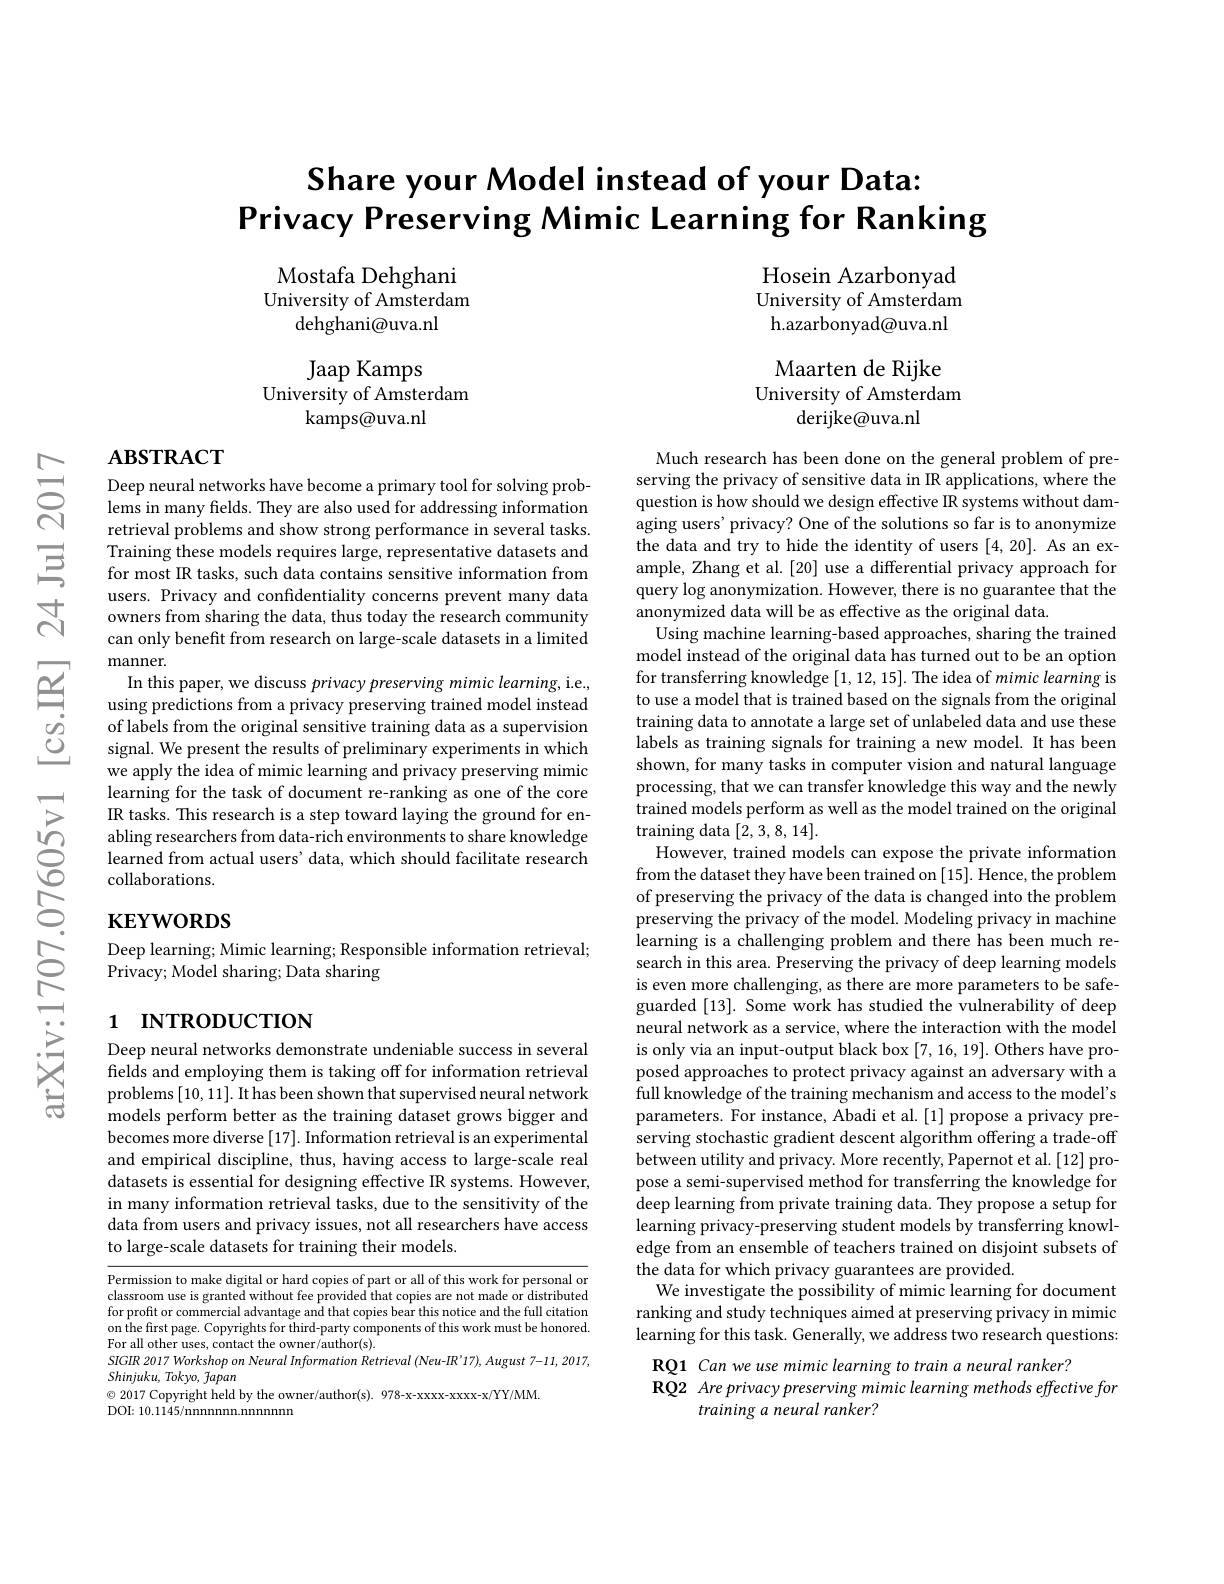
$ਨਨੇ$

Share your Model instead of your Data:
Privacy Preserving Mimic Learning for Ranking

Hosein Azarbonyad University of Amsterdam h.azarbonyad@uva.nl

Mostafa Dehghani
University of Amsterdam
dehghani@uva.nl

Maarten de Rijke
University of Amsterdam
derijke@uva.nl

Jaap Kamps
University of Amsterdam
kamps@uva.nl

## $\mathbf{ABSTRACT}$

Deep neural networks have become a primary tool for solving problems in many fields. They are also used for addressing information retrieval problems and show strong performance in several tasks.
$\Xi$ Training these models requires large, representative datasets and for most R tasks, such data contains sensitive information from
users. Privacy and confdentiality concerns prevent many data owners from sharing the data, thus today the research community can only benefit from research on large-scale datasets in a limited manner.
In this paper, we discuss privacy preserving mimic learning, i.e., using predictions from a privacy preserving trained model instead of labels from the original sensitive training data as a supervision signal. We present the results of preliminary experiments in which we apply the idea of mimic learning and privacy preserving mimic learning for the task of document re-ranking as one of the core IR tasks. This research is a step toward laying the ground for enabling researchers from data-rich environments to share knowledge learned from actual users' data, which should facilitate research collaborations.

Much research has been done on the general problem of preserving the privacy of sensitive data in IR applications, where the question is how should we design effective IR systems without damaging users' privacy? One of the solutions so far is to anonymize the data and try to hide the identity of users [4,20]. As an example, Zhang et al. [20] use a differential privacy approach for query log anonymization. However, there is no guarantee that the anonymized data will be as effective as the original data.
Using machine learning-based approaches, sharing the trained model instead of the original data has turned out to be an option for transferring knowledge [1,12,15]. The idea of mimic learning is to use a model that is trained based on the signals from the original training data to annotate a large set of unlabeled data and use these labels as training signals for training a new model. It has been shown, for many tasks in computer vision and natural language processing, that we can transfer knowledge this way and the newly trained models perform as well as the model trained on the original training data [2,3,8,14].
However, trained models can expose the private information from the dataset they have been trained on [15]. Hence, the problem of preserving the privacy of the data is changed into the problem preserving the privacy of the model. Modeling privacy in machine learning is a challenging problem and there has been much research in this area. Preserving the privacy of deep learning models is even more challenging, as there are more parameters to be safeguarded [13]. Some work has studied the vulnerability of deep neural network as a service, where the interaction with the model is only via an input-output black box [7,16,19]. Others have proposed approaches to protect privacy against an adversary with a full knowledge of the training mechanism and access to the model's parameters. For instance, Abadi et al.[1] propose a privacy preserving stochastic gradient descent algorithm offering a trade-off between utility and privacy. More recently, Papernot et al. [12] propose a semi-supervised method for transferring the knowledge for deep learning from private training data. They propose a setup for $\dot{\text{learning privacy-preserving student models by transferring knowl-}}$ edge from an ensemble of teachers trained on disjoint subsets of the data for which privacy guarantees are provided.
We investigate the possibility of mimic learning for document ranking and study techniques aimed at preserving privacy in mimic learning for this task. Generally, we address two research questions: RQ1 Can we use mimic learning to train a neural ranker?
RQ2 Are privacy preserving mimic learning methods effective for
training a neural ranker?

# KEYWORDS

Deep learning; Mimic learning; Responsible information retrieval;
$\sum_{\mathrm{Privacy;~Model~sharing;~Data~sharing}}$

# 1 INTRODUCTION

Deep neural networks demonstrate undeniable success in several fields and employing them is taking off for information retrieval problems [10,11]. It has been shown that supervised neural network models perform better as the training dataset grows bigger and becomes more diverse [17]. Information retrieval is an experimental and empirical discipline, thus, having access to large-scale real datasets is essential for designing effective IR systems. However, in many information retrieval tasks, due to the sensitivity of the data from users and privacy issues, not all researchers have access to large-scale datasets for training their models.

Permission to make digital or hard copies of part or all of this work for personal or classroom use is granted without fee provided that copies are not made or distributed for profit or commercial advantage and that copies bear this notice and the full citation on the first page. Copyrights for third-party components of this work must be honored. For all other uses, contact the owner/author(s).
SIGIR 2017 Workshop on Neural Information Retrieval (Neu-IR’17), August 7-11, 2017,
Shinjuku, Tokyo, fapan
$\odot$ 2017 Copyright held by the owner/author(s). 978-x-xxxx-xxxx-x/YY/MM.
DOI: 10.1145/nnnnnnn.nnnnnn